Insane asylums in Bengal annual reports 1876-1887 - 1876-1887
Year: 1876
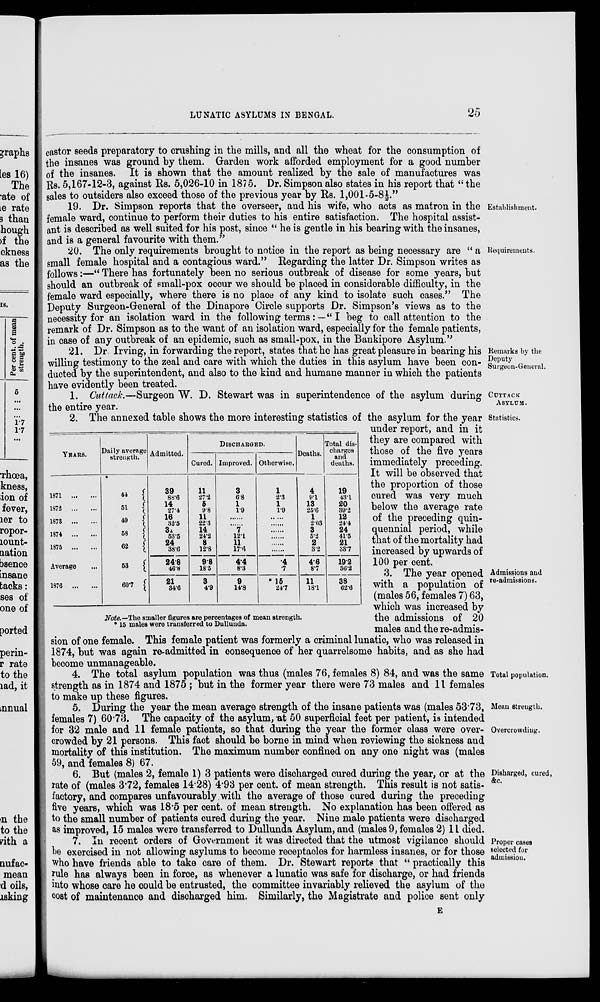
LUNATIC ASYLUMS IN BENGAL.
25
castor seeds preparatory to crushing in the mills, and all the wheat for the consumption of
the insanes was ground by them. Garden work afforded employment for a good number
of the insanes. It is shown that the amount realized by the sale of manufactures was
Rs. 5,167-12-3, against Rs. 5,026-10 in 1875. Dr. Simpson also states in his report that “ the
sales to outsiders also exceed those of the previous year by Rs. 1,001-5-8½.”
Establishment.
19. Dr. Simpson reports that the overseer, and his wife, who acts as matron in the
female ward, continue to perform their duties to his entire satisfaction. The hospital assist-
ant is described as well suited for his post, since “ he is gentle in his bearing with the insanes,
and is a general favourite with them.”
Requirements.
20. The only requirements brought to notice in the report as being necessary are “ a
small female hospital and a contagious ward.” Regarding the latter Dr. Simpson writes as
follows:—“ There has fortunately been no serious outbreak of disease for some years, but
should an outbreak of small-pox occur we should be placed in considerable difficulty, in the
female ward especially, where there is no place of any kind to isolate such cases.” The
Deputy Surgeon-General of the Dinapore Circle supports Dr. Simpson's views as to the
necessity for an isolation ward in the following terms:—“ I beg to call attention to the
remark of Dr. Simpson as to the want of an isolation ward, especially for the female patients,
in case of any outbreak of an epidemic, such as small-pox, in the Bankipore Asylum.”
Remarks by the
Deputy
Surgeon-General.
21. Dr. Irving, in forwarding the report, states that he has great pleasure in bearing his
willing testimony to the zeal and care with which the duties in this asylum have been con-
ducted by the superintendent, and also to the kind and humane manner in which the patients
have evidently been treated.
CUTTACK
ASYLUM.
1. Cuttack.—Surgeon W. D. Stewart was in superintendence of the asylum during
the entire year.
Statistics.
Admissions and
re-admissions.
YEARS.
1871
...
...
1872
...
...
1873
...
...
1874
...
...
1875
...
...
Average ...
1876
...
...
Daily average
strength.
44
51
49
58
62
53
60.7
Admitted.
39
88.6
14
27.4
16
32.5
31
53.5
24
38.6
24.8
46.8
21
34.6
DISCHARGED.
Cured.
11
27.2
5
9.8
11
22.3
14
24.2
8
12.8
9.8
18.5
3
4.9
Improved.
3
6.8
1
1.9
......
......
7
12.1
11
17.6
4.4
8.3
9
14.8
Otherwise.
1
2.3
1
1.9
......
......
......
......
......
.
.4
.7
*15
24.7
Deaths.
4
9.1
13
25.6
1
2.03
3
5.2
2
3.2
4.6
8.7
11
18.1
Total dis-
charges
and
deaths.
19
43.1
20
39.2
12
24.4
24
41.5
21
33.7
19.2
36.2
38
62.6
Note.—The smaller figures are percentages of mean strength.
* 15 males were transferred to Dullunda.
2. The annexed table shows the more interesting statistics of the asylum for the year
under report, and in it
they are compared with
those of the five years
immediately preceding.
It will be observed that
the proportion of those
cured was very much
below the average rate
of the preceding quin-
quennial period, while
that of the mortality had
increased by upwards of
100 per cent.
3. The year opened
with a population of
(males 56, females 7) 63,
which was increased by
the admissions of 20
males and the re-admis-
sion of one female. This female patient was formerly a criminal lunatic, who was released in
1874, but was again re-admitted in consequence of her quarrelsome habits, and as she had
become unmanageable.
Total population.
4. The total asylum population was thus (males 76, females 8) 84, and was the same
strength as in 1874 and 1875 ; but in the former year there were 73 males and 11 females
to make up these figures.
Mean strength.
Overcrowding.
5. During the year the mean average strength of the insane patients was (males 53.73,
females 7) 60.73. The capacity of the asylum, at 50 superficial feet per patient, is intended
for 32 male and 11 female patients, so that during the year the former class were over-
crowded by 21 persons. This fact should be borne in mind when reviewing the sickness and
mortality of this institution. The maximum number confined on any one night was (males
59, and females 8) 67.
Disharged, cured,
&c.
6. But (males 2, female 1) 3 patients were discharged cured during the year, or at the
rate of (males 3.72, females 14.28) 4.93 per cent. of mean strength. This result is not satis-
factory, and compares unfavourably with the average of those cured during the preceding
five years, which was 18.5 per cent. of mean strength. No explanation has been offered as
to the small number of patients cured during the year. Nine male patients were discharged
as improved, 15 males were transferred to Dullunda Asylum, and (males 9, females 2) 11 died.
Proper cases
selected for
admission.
7. In recent orders of Government it was directed that the utmost; vigilance should
be exercised in not allowing asylums to become receptacles for harmless insanes, or for those
who have friends able to take care of them. Dr. Stewart reports that “ practically this
rule has always been in force, as whenever a lunatic was safe for discharge, or had friends
into whose care he could be entrusted, the committee invariably relieved the asylum of the
cost of maintenance and discharged him. Similarly, the Magistrate and police sent only
E